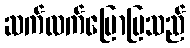
ဆက်လက်ပြောပြသည်